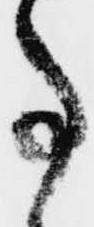
事